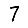
Digit: 7